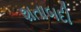
શતાબદી